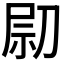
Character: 𠝋